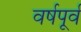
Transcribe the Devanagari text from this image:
वर्षपूर्व